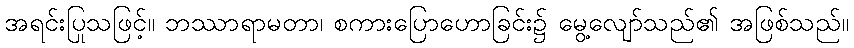
အရင်းပြုသဖြင့်။ ဘဿာရာမတာ၊ စကားပြောဟောခြင်း၌ မွေ့လျော်သည်၏ အဖြစ်သည်။